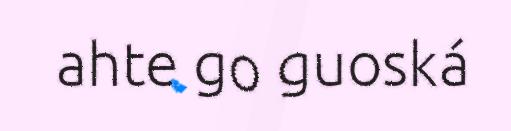
ahte go guoská